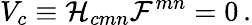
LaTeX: V_{c}\equiv{\cal H}_{cmn}{\cal F}^{mn}=0\, .